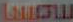
காசய